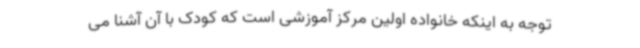
توجه به اینکه خانواده اولین مرکز آموزشی است که کودک با آن آشنا می